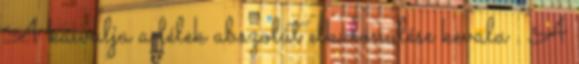
A kaivalja a lélek abszolút elkülönülése kevala . A